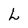
Character: L